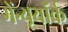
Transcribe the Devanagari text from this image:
मेंन्यूयॉर्क